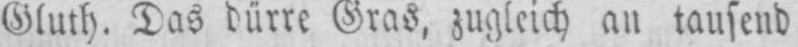
Gluth. Das dürre Gras, zugleich an tausend